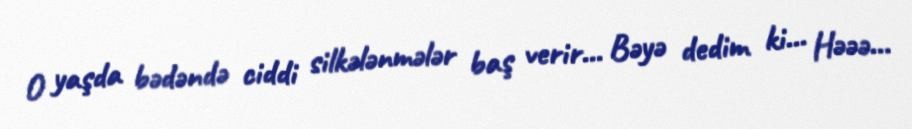
O yaşda bədəndə ciddi silkələnmələr baş verir... Bəyə dedim ki... Həəə...